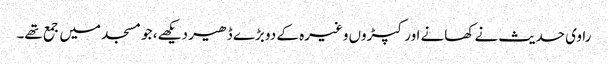
راوی حدیث نے کھانے اور کپڑوں وغیرہ کے دو بڑے ڈھیر دیکھے، جو مسجد میں جمع تھے۔